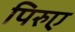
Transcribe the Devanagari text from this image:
पिरुए